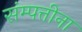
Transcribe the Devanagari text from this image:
संम्पत्तीना